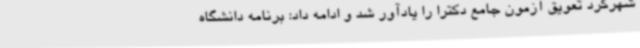
شهرکرد تعویق آزمون جامع دکترا را یادآور شد و ادامه داد: برنامه دانشگاه